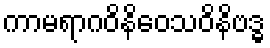
ကာမရာဂဝိနိဝေသဝိနိဗဒ္ဓ